Lunatic asylums Bombay report 1891-1903 - 1891-1903
Year: 1891
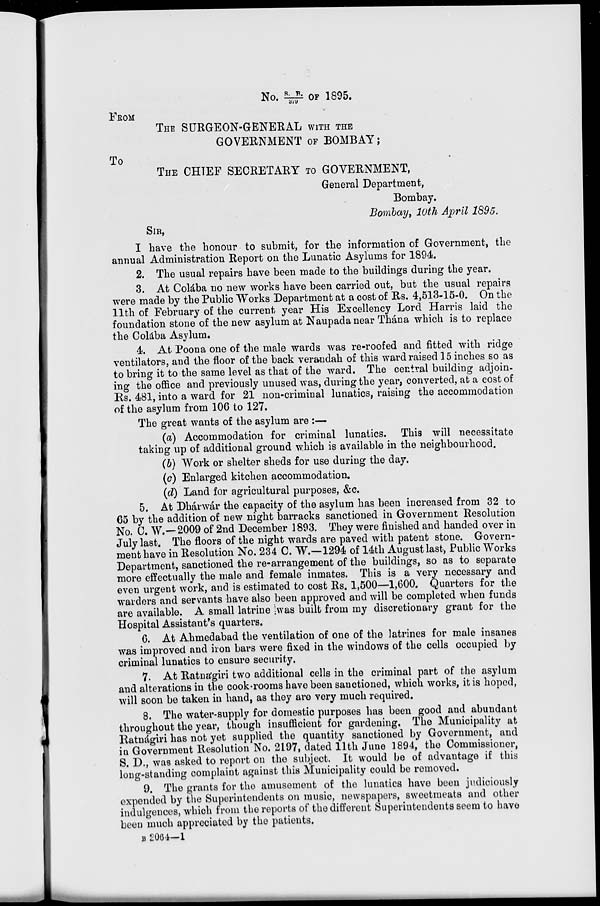
No. S.B./379 OF 1895.
FROM
THE SURGEON-GENERAL WITH THE
GOVERNMENT OF BOMBAY;
To
THE CHIEF SECRETARY TO GOVERNMENT,
General Department,
Bombay.
Bombay, 10th April 1895.
SIR,
I have the honour to submit, for the information of Government, the
annual Administration Report on the Lunatic Asylums for 1894.
2. The usual repairs have been made to the buildings during the year.
3. At Colába no new works have been carried out, but the usual repairs
were made by the Public Works Department at a cost of Rs. 4,513-15-0. On the
11th of February of the current year His Excellency Lord Harris laid the
foundation stone of the new asylum at Naupada near Thána which is to replace
the Colába Asylum.
4. At Poona one of the male wards was re-roofed and fitted with ridge
ventilators, and the floor of the back verandah of this ward raised 15 inches so as
to bring it to the same level as that of the ward. The central building adjoin-
ing the office and previously unused was, during the year, converted, at a cost of
Rs. 481, into a ward for 21 non-criminal lunatics, raising the accommodation
of the asylum from 106 to 127.
The great wants of the asylum are :—
(a) Accommodation for criminal lunatics. This will necessitate
taking up of additional ground which is available in the neighbourhood.
(b) Work or shelter sheds for use during the day.
(c) Enlarged kitchen accommodation.
(d) Land for agricultural purposes, &c.
5. At Dhárwár the capacity of the asylum has been increased from 32 to
65 by the addition of new night barracks sanctioned in Government Resolution
No. C. W.—2009 of 2nd December 1893. They were finished and handed over in
July last. The floors of the night wards are paved with patent stone. Govern-
ment have in Resolution No. 234 C. W.—1294 of 14th August last, Public Works
Department, sanctioned the re-arrangement of the buildings, so as to separate
more effectually the male and female inmates. This is a very necessary and
even urgent work, and is estimated to cost Rs. 1,500—1,600. Quarters for the
warders and servants have also been approved and will be completed when funds
are available. A small latrine was built from my discretionary grant for the
Hospital Assistant's quarters.
6. At Ahmedabad the ventilation of one of the latrines for male insanes
was improved and iron bars were fixed in the windows of the cells occupied by
criminal lunatics to ensure security.
7. At Ratnágiri two additional cells in the criminal part of the asylum
and alterations in the cook-rooms have been sanctioned, which works, it is hoped,
will soon be taken in hand, as they are very much required.
8. The water-supply for domestic purposes has been good and abundant
throughout the year, though insufficient for gardening. The Municipality at
Ratnágiri has not yet supplied the quantity sanctioned by Government, and
in Government Resolution No. 2197, dated 11th June 1894, the Commissioner,
S. D., was asked to report on the subject. It would be of advantage if this
long-standing complaint against this Municipality could be removed.
9. The grants for the amusement of the lunatics have been judiciously
expended by the Superintendents on music, newspapers, sweetmeats and other
indulgences, which from the reports of the different Superintendents seem to have
been much appreciated by the patients.
B 2064—1